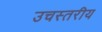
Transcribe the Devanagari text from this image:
उचस्तरीय